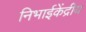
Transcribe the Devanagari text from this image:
निभाईकेंद्रीय